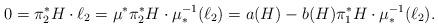
LaTeX: \begin{align*}0=\pi_2^*H\cdot \ell_2 = \mu^*\pi_2^*H \cdot \mu^{-1}_*(\ell_2) = a(H) - b(H)\pi_1^*H\cdot \mu^{-1}_*(\ell_2).\end{align*}